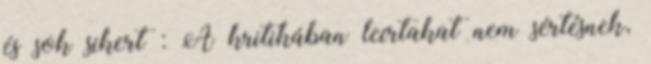
és sok sikert : A kritikában leírtakat nem sértésnek,